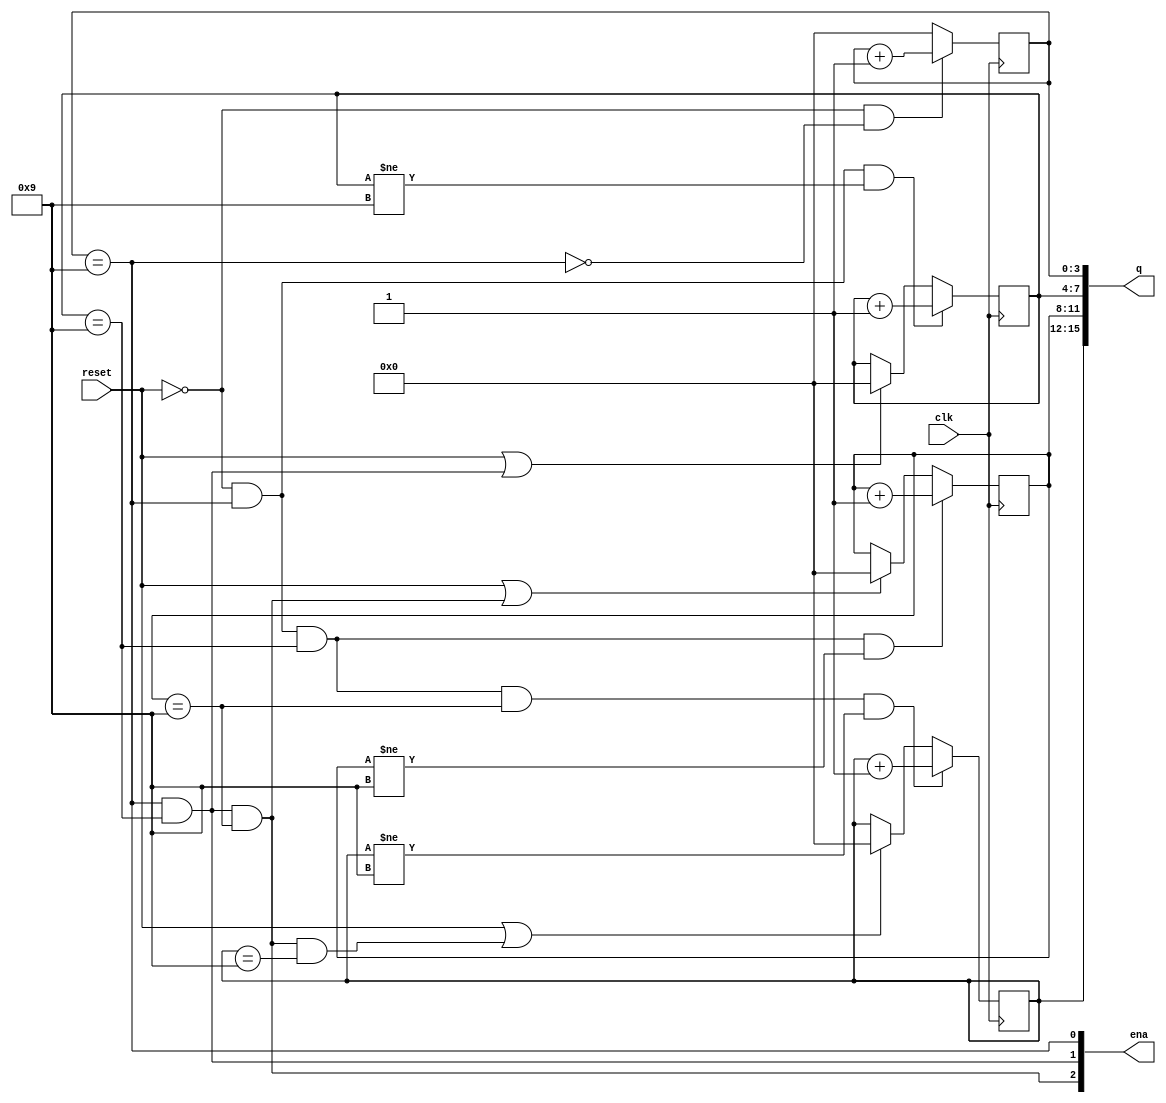
module top_module (
    input clk,
    input reset,   // Synchronous active-high reset
    output [3:1] ena,
    output [15:0] q);

    reg [3:0] q0, q1, q2, q3;
    reg ena1, ena2, ena3;
    always @(posedge clk)begin
        q0 <= (~reset&~(q0==9))? q0+1:0;

        
        if (~reset&(q0==9)&(q1!=9))begin q1<=q1+1;end
        else if(reset|(q0==9)&(q1==9))begin q1<=0;end
        else begin q1<=q1;end

        
        if (~reset&(q0==9)&(q1==9)&(q2!=9))begin q2<=q2+1;end
        else if(reset|(q0==9)&(q1==9)&(q2==9))begin q2<=0;end
        else begin q2<=q2;end

        
        if (~reset&(q0==9)&(q1==9)&(q2==9)&(q3!=9))begin q3<=q3+1;end
        else if(reset|(q0==9)&(q1==9)&(q2==9)&(q3==9))begin q3<=0;end
        else begin q3<=q3;end
        
    end
    
    assign ena1=(q0==9);
    assign ena2=(q0==9)&(q1==9);
    assign ena3=(q0==9)&(q1==9)&(q2==9);

    assign q = {q3, q2, q1, q0};
    assign ena = {ena3, ena2, ena1};

endmodule